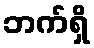
ဘက်ရှိ